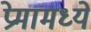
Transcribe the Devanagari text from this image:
प्रेमामध्ये